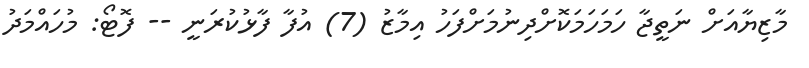
މާޒިޔާއަށް ނަތީޖާ ހަމަހަމަކޮށްދިނުމަށްފަހު އިމާޒު (7) އުފާ ފާޅުކުރަނީ -- ފޮޓޯ: މުހައްމަދު